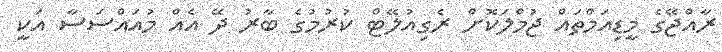
ރާއްޖޭގެ މީޑިއަމްތައް ޖުމްލަކޮށް ރެގިއުލޭޓް ކުރުމުގެ ބާރު ދޭ އެއް މުއައްސަސާ އަކީ